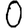
Digit: 0